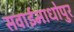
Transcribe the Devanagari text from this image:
सवाईमाधोपुर